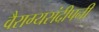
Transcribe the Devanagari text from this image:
वैराग्यसंदीपनी